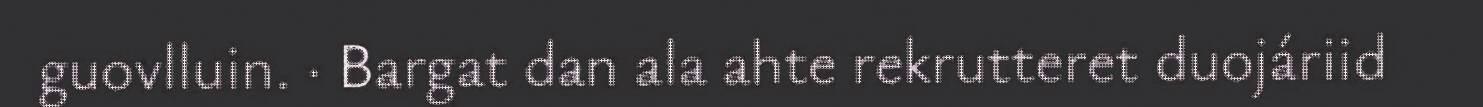
guovlluin. · Bargat dan ala ahte rekrutteret duojáriid